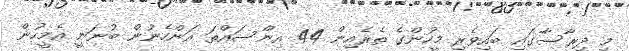
މި ދިރާސާގައި ބައިވެރި މީހުންގެ ތެރެއިން 44 އިންސައްތަ އަންހެނުން ބުނަނީ އެމީހުން